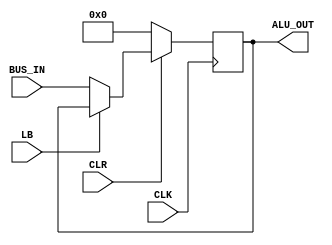
module RegisterB #(parameter WIDTH=8)(input CLK,
input CLR,
input LB,
input [WIDTH-1:0] BUS_IN,
output reg [WIDTH-1:0] ALU_OUT
);
always @(posedge CLK)
 begin
	if(!CLR)
	 begin
		ALU_OUT<='b0;
	 end
	else if(!LB)
	 begin
		ALU_OUT<=BUS_IN;
	 end
 end




endmodule